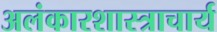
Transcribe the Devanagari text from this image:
अलंकारशास्त्राचार्य